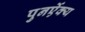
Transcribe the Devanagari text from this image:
पुनर्ऐक्य